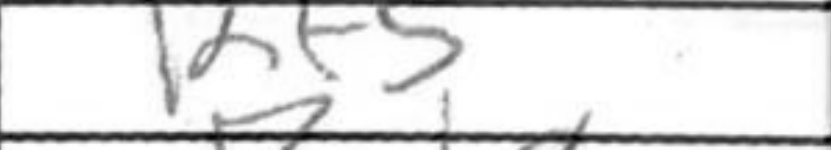
Transcription: Rf5